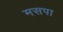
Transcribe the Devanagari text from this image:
मसपा